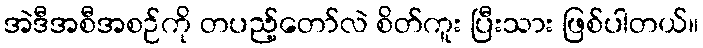
အဲဒီအစီအစဉ်ကို တပည့်တော်လဲ စိတ်ကူး ပြီးသား ဖြစ်ပါတယ်။